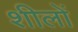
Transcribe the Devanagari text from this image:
शीलों